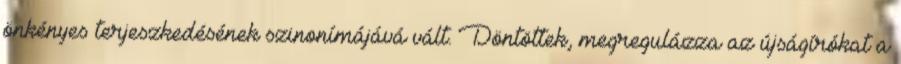
önkényes terjeszkedésének szinonímájává vált. Döntöttek, megregulázza az újságírókat a